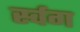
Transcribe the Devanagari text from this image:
र्स्वग